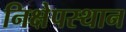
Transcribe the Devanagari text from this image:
निक्षेपस्थान